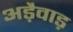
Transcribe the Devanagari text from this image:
अड़ैवाड़